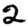
Digit: 2